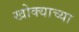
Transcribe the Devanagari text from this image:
खोक्याच्या